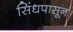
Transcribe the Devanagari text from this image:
सिंधपासून